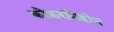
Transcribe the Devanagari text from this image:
कोफ़रनिहोन